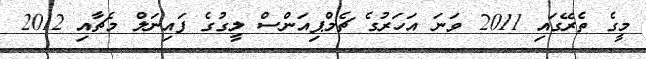
މީގެ ތެރޭގައި 2011 ވަނަ އަހަރުގެ ޗެމްޕިއަންސް ލީގުގެ ފައިނަލް މެޗާއި 2012